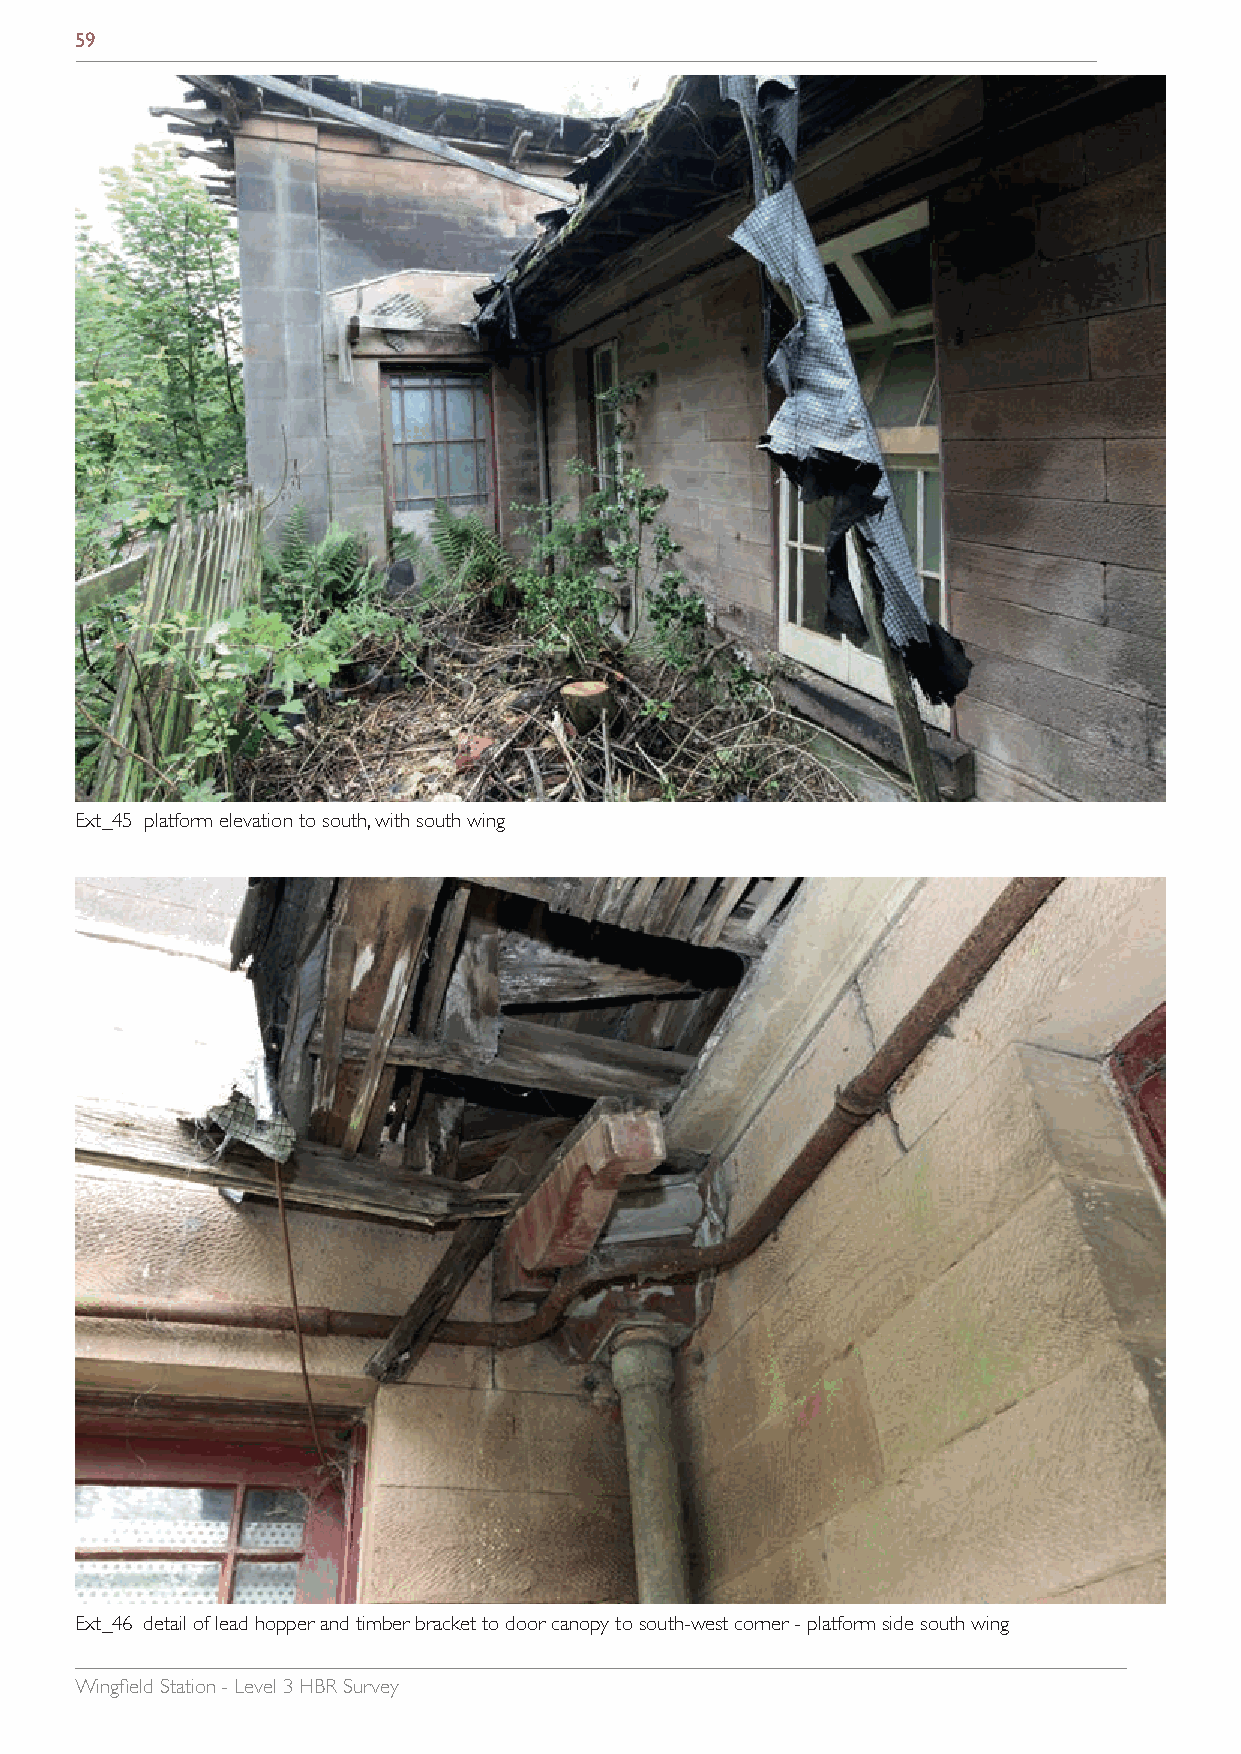
59
 Ext_45 platform elevation to south, with south wing
 Ext_46 detail of lead hopper and timber bracket to door canopy to south-west corner - platform side south wing
 Wingfield Station - Level 3 HBR Survey